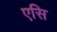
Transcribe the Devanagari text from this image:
एसि